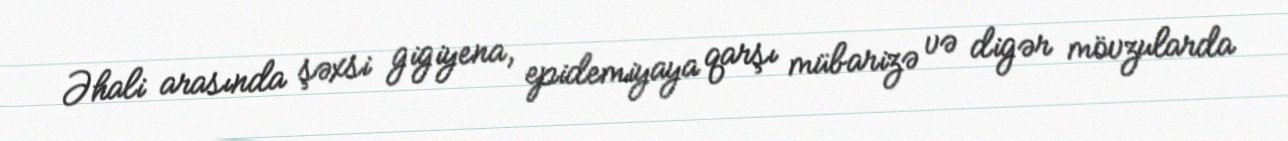
Əhali arasında şəxsi gigiyena, epidemiyaya qarşı mübarizə və digər mövzularda